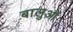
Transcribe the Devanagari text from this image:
बालुओं